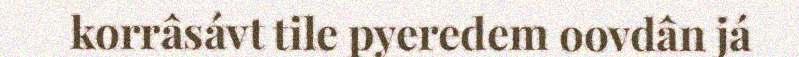
korrâsávt tile pyeredem oovdân já